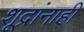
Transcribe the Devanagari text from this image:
शूद्रांनाही